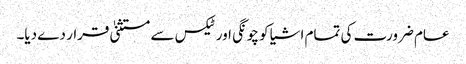
عام ضرورت کی تمام اشیا کو چونگی اور ٹیکس سے مستثنیٰ قرار دے دیا۔